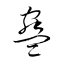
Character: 蠱